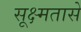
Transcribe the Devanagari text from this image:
सूक्ष्मतासे